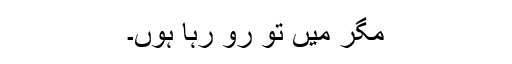
مگر میں تو رو رہا ہوں۔